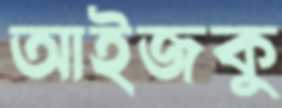
আইজকু